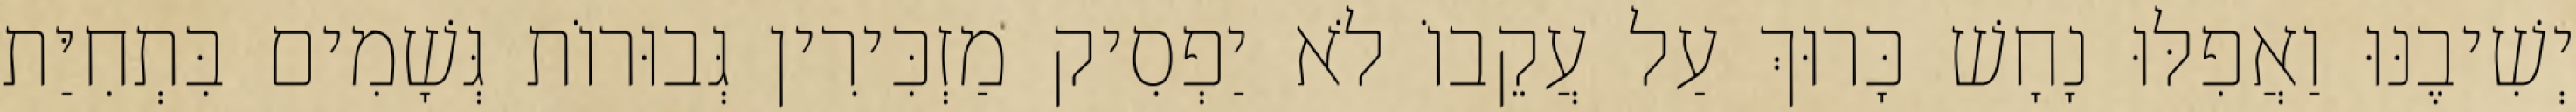
יְשִׁיבֶנּוּ וַאֲפִלּוּ נָחָשׁ כָּרוּךְ עַל עֲקֵבוֹ לֹא יַפְסִיק מַזְכִּירִין גְּבוּרוֹת גְּשָׁמִים בִּתְחִיַּת